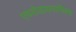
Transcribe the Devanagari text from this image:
एयरोडायनामिक्स